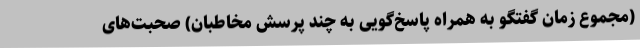
(مجموع زمان گفتگو به همراه پاسخ‌گویی به چند پرسش مخاطبان) صحبت‌های